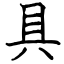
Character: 具